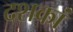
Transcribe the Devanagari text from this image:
दशकां